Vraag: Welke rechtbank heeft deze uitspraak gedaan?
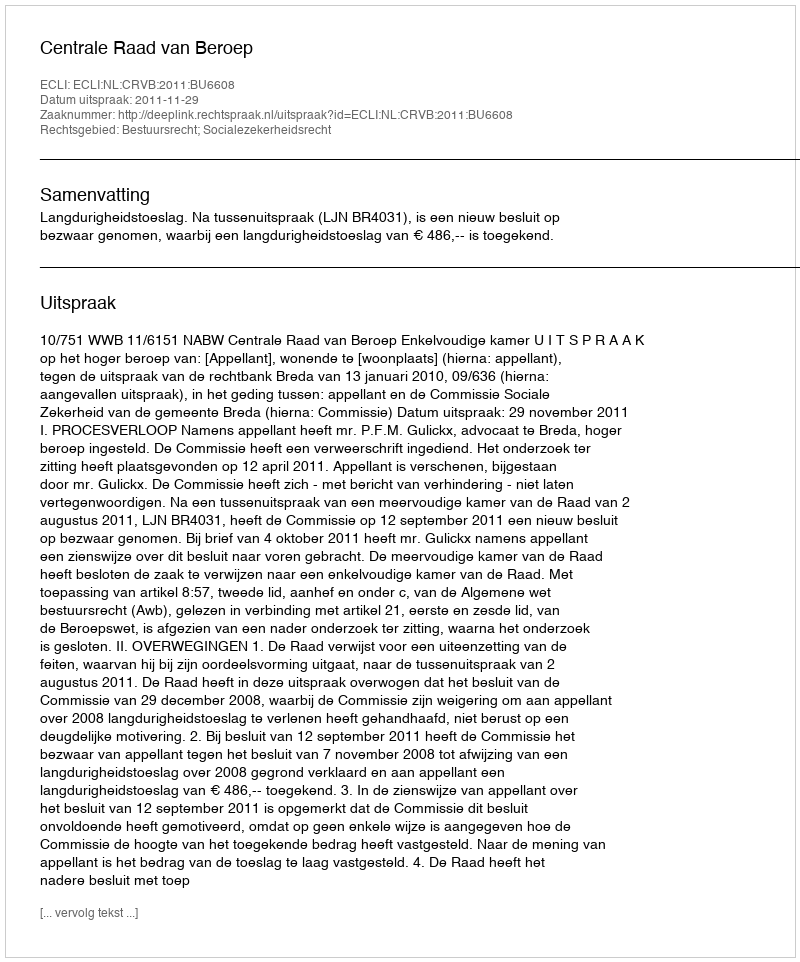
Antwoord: Centrale Raad van Beroep